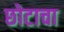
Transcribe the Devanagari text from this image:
छोटाचा